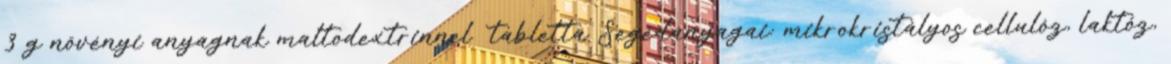
3 g növényi anyagnak maltodextrinnel tabletta Segédanyagai: mikrokristályos cellulóz, laktóz,